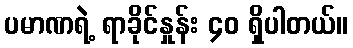
ပမာဏရဲ့ ရာခိုင်နှုန်း ၄၀ ရှိပါတယ်။